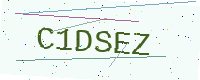
Text: C1DSEZ